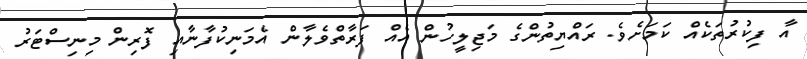
އާ ފިކުރުތަކެއް ކަމަށެވެ. ރައްޔިތުންގެ މަޖިލީހުން އެއް ފަރާތްވެލާން އެމަނިކުފާނާއި ފޮރިން މިނިސްޓަރު